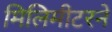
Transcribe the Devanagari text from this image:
मिलिमीटरने